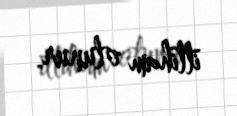
ittiham olunur.